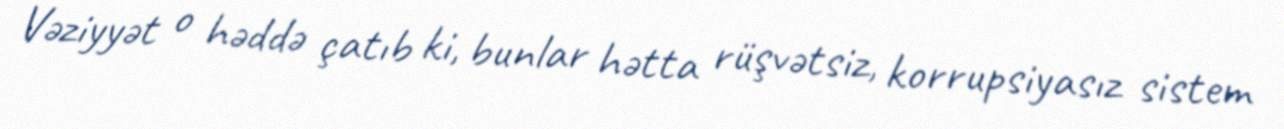
Vəziyyət o həddə çatıb ki, bunlar hətta rüşvətsiz, korrupsiyasız sistem